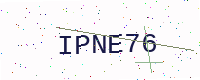
Text: IPNE76